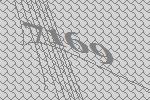
7169